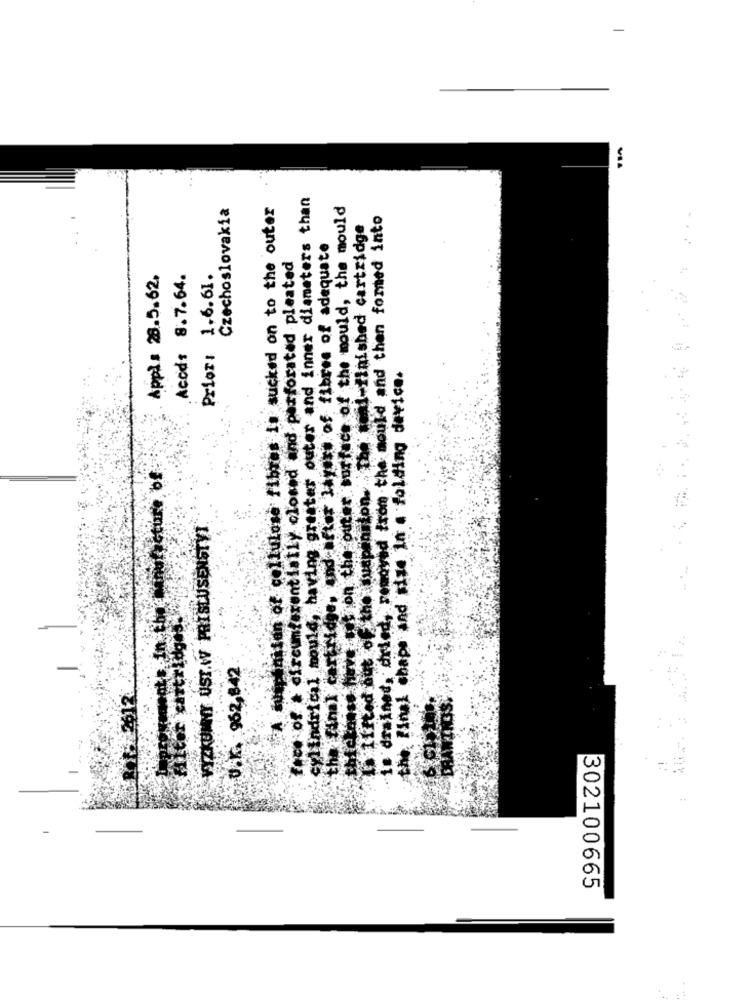
cylindrical mould, having greater outer and inner diameters than
Czechoslovakia
Sniten of cellulose fibres in sucked on to the outer
have totion the outer surface of the mould, the mould
mould and then fomed into
I. Iffted out of the suspension. . The med-finished cartridge
the final cartridge, und after layers of fibres of adequate
free of + discuterentially closed and perforated pleated
Appl : 28.5.62.
Acod: 8.7.64.
Prior: 1.6.61.
the Final shape and size In a folding device.
Le drained, dried, removed from the nou
monate In the Manufacture, of
VYZKUMNY USI.W PRISLUSENSTVI
U.K. 962,842
41- 2612
DRAWTI
302100665